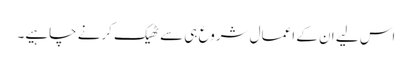
اس لیے ان کے اعمال شروع ہی سے ٹھیک کرنے چاہیے۔